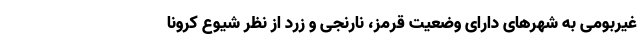
غیربومی به شهرهای دارای وضعیت قرمز، نارنجی و زرد از نظر شیوع کرونا